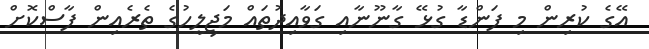
އޭގެ ކުރިން މި ފަންޑާ ގުޅޭ ގާނޫނާއި ގަވާއިދުތައް މަޖިލީހުގެ ތެރެއިން ފާސްކޮށް